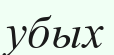
убых